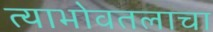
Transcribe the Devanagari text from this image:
त्याभोवतलाचा